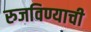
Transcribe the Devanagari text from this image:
रुजविण्याची